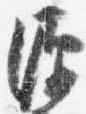
源